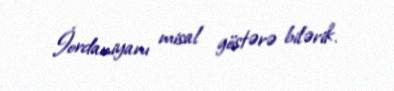
İordaniyanı misal göstərə bilərik.